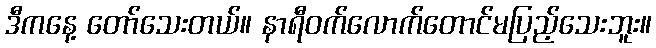
ဒီကနေ့ တော်သေးတယ်။ နာရီဝက်လောက်တောင်မပြည့်သေးဘူး။